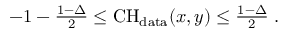
\begin{array} { r } { - 1 - \frac { 1 - \Delta } { 2 } \le \mathrm { C H } _ { \mathrm { d a t a } } ( x , y ) \le \frac { 1 - \Delta } { 2 } \; . } \end{array}